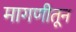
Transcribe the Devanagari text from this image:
मागणीतून